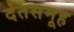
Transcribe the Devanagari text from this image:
दंतसमूह